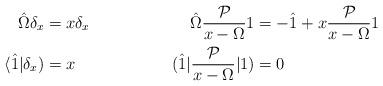
LaTeX: \begin{align*} \hat{\Omega}\delta_x &= x \delta_x& \hat{\Omega} \frac{\mathcal{P}}{x - \Omega}1& = - \hat{1} + x\frac{\mathcal{P}}{x - \Omega}1 \\ \langle \hat{1}|\delta_x ) &= x& (\hat{1}| \frac{\mathcal{P}}{x - \Omega}|1)&=0 \end{align*}